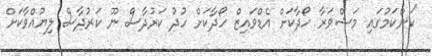
"ކަންކަމުގައި މަޝްވަރާ ހޯދާކަށް އެޑްވައިޒް ހޯދާކަށް ހުދު ކަރުދާސް ނޫ ކަރުދާސް ލިޔުއްވާކަށް